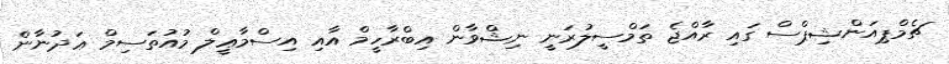
ޗެމްޕިއަންޝިޕްސް ގައި ރާއްޖެ ތަމްސީލުރަނީ ނިޝްވާން އިބްރާހީމް އާއި އިސްމާޢީލް މުއުތަސިމް ޢަދުނާން